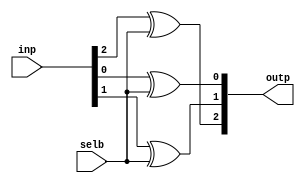
module xor3 (outp, inp, selb);

   input [2:0]  inp;
   input 	selb;

   output [2:0] outp;   
   
   xor x0 (outp[0], inp[0], selb);
   xor x1 (outp[1], inp[1], selb);
   xor x2 (outp[2], inp[2], selb);
   
endmodule // xor3